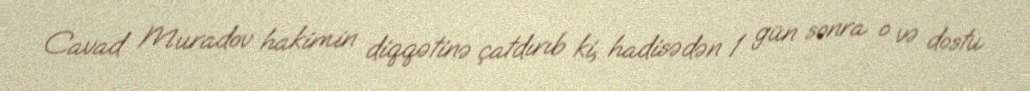
Cavad Muradov hakimin diqqətinə çatdırıb ki, hadisədən 1 gün sonra o və dostu